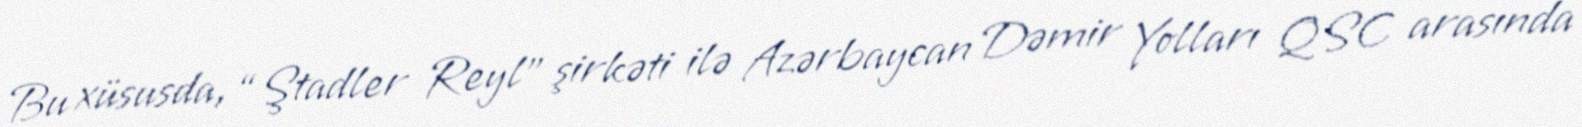
Bu xüsusda, “Ştadler Reyl” şirkəti ilə Azərbaycan Dəmir Yolları QSC arasında